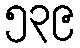
၅၃၉